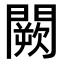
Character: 闕